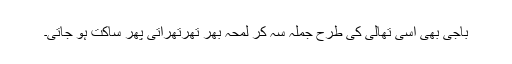
باجی بھی اسی تھالی کی طرح جملہ سہ کر لمحہ بھر تھرتھراتی پھر ساکت ہو جاتی۔